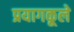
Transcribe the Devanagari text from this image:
प्रयागकूले